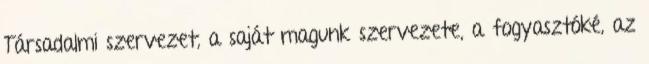
Társadalmi szervezet, a saját magunk szervezete, a fogyasztóké, az